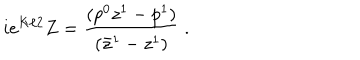
LaTeX: i e ^ { K / 2 } Z = { \frac { ( p ^ { 0 } z ^ { 1 } - p ^ { 1 } ) } { ( \bar { z } ^ { 1 } - z ^ { 1 } ) } } \ .